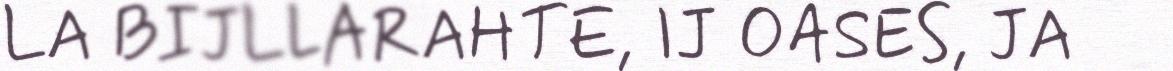
LA BIJLLARAHTE, IJ OASES, JA